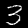
Label: 3